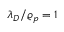
\lambda _ { D } / \varrho _ { p } = 1